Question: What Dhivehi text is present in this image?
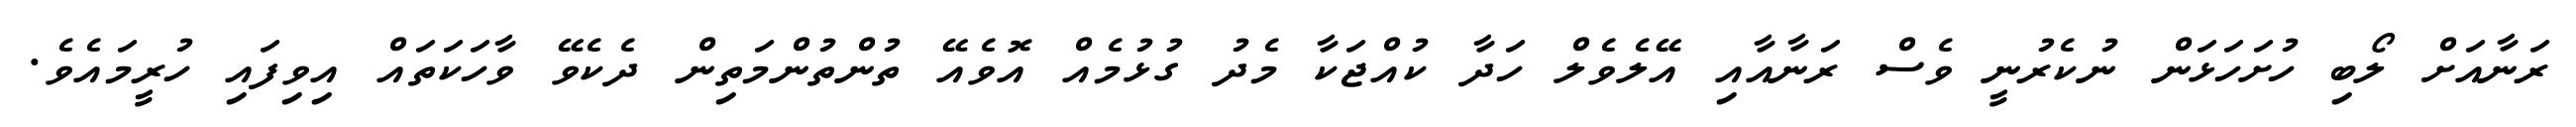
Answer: ރަނާއަށް ލޯބި ހުށަހަޅަން ނުކެރުނީ ވެސް ރަނާއާއި އޭލެވެލް ހަދާ ކުއްޖަކާ މެދު ގުޅުމެއް އޮވެއޭ ތުންތުންމަތިން ދެކެވޭ ވާހަކަތައް އިވިފައި ހުރީމައެވެ.